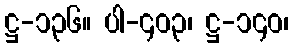
ဋ္ဌ-၁၃၆။ ပါ-၄၀၃၊ ဋ္ဌ-၁၄၀၊